Cholera in India, 1862 to 1881
Year: 1862
Disease focus: Cholera
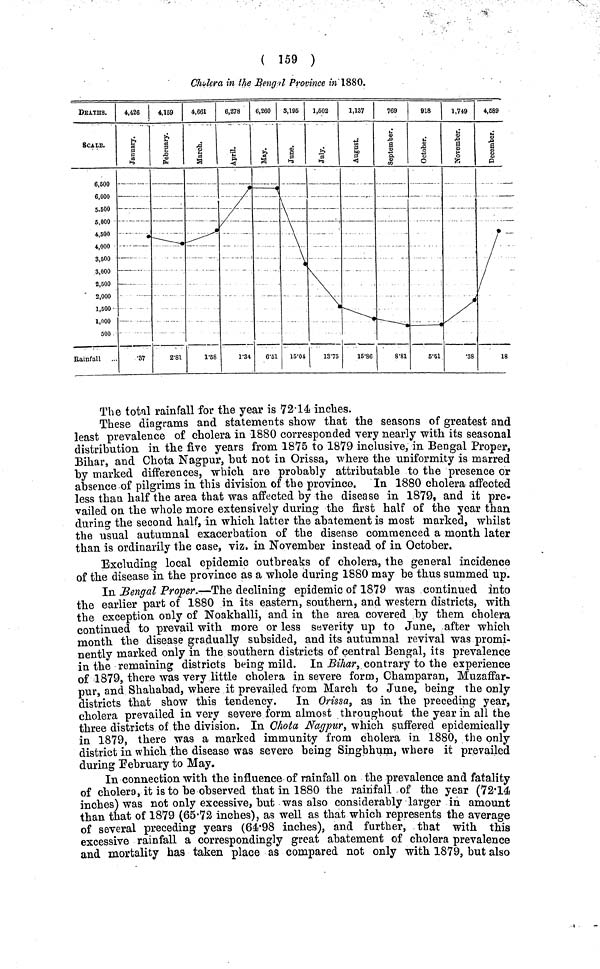
( 159 )
Cholera in the Bengal Province in 1880.
The total rainfall for the year is 72·14 inches.
These diagrams and statements show that the seasons of greatest and
least prevalence of cholera in 1880 corresponded very nearly with its seasonal
distribution in the five years from 1875 to 1879 inclusive, in Bengal Proper,
Bihar, and Chota Nagpur, hut not in Orissa, where the uniformity is marred
by marked differences, which are probably attributable to the presence or
absence of pilgrims in this division of the province. In 1880 cholera affected
less than half the area that was affected by the disease in 1879, and it pre-
vailed on the whole more extensively during the first half of the year than
during the second half, in which latter the abatement is most marked, whilst
the usual autumnal exacerbation of the disease commenced a month later
than is ordinarily the case, viz. in November instead of in October.
Excluding local epidemic outbreaks of cholera, the general incidence
of the disease in the province as a whole during 1880 may be thus summed up.
In Bengal Proper.—The declining epidemic of 1879 was continued into
the earlier part of 1880 in its eastern, southern, and western districts, with
the exception only of Noakhalli, and in the area covered by them cholera
continued to prevail with more or less severity up to June, after which
month the disease gradually subsided, and its autumnal revival was promi-
nently marked only in the southern districts of central Bengal, its prevalence
in the remaining districts being mild. In Bihar, contrary to the experience
of 1879, there was very little cholera in severe form, Champaran, Muzaffar-
pur, and Shahabad, where it prevailed from March to June, being the only
districts that show this tendency. In Orissa, as in the preceding year,
cholera prevailed in very severe form almost throughout the year in all the
three districts of the division. In Chota Nagpur, which suffered epidemically
in 1879, there was a marked immunity from cholera in 1880, the only
district in which the disease was severe being Singbhum, where it prevailed
during February to May.
In connection with the influence of rainfall on the prevalence and fatality
of cholera, it is to be observed that in 1880 the rainfall of the year (72·14
inches) was not only excessive, but was also considerably larger in amount
than that of 1879 (65·72 inches), as well as that which represents the average
of several preceding years (64·98 inches), and further, that with this
excessive rainfall a correspondingly great abatement of cholera prevalence
and mortality has taken place as compared not only with 1879, but also